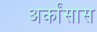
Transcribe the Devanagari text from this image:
अर्कांसास